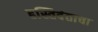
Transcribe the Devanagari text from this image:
हस्तिदंताचा